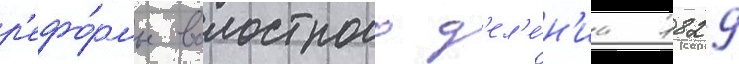
р'ефо́рмы волостного д'ел'е́н'иа 1829